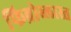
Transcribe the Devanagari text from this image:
फिब्रोब्लास्त